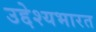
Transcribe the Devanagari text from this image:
उद्देश्यभारत